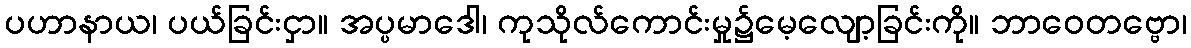
ပဟာနာယ၊ ပယ်ခြင်းငှာ။ အပ္ပမာဒေါ၊ ကုသိုလ်ကောင်းမှု၌မေ့လျော့ခြင်းကို။ ဘာဝေတဗ္ဗော၊